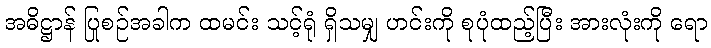
အဓိဋ္ဌာန် ပြုစဉ်အခါက ထမင်း သင့်ရုံ ရှိသမျှ ဟင်းကို စုပုံထည့်ပြီး အားလုံးကို ရော